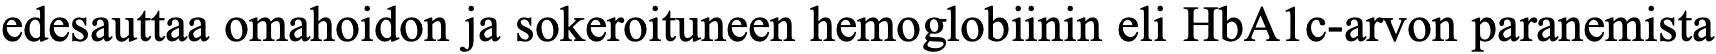
edesauttaa omahoidon ja sokeroituneen hemoglobiinin eli HbA1c-arvon paranemista